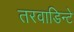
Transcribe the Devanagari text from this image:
तरवाडिन्टे